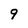
Character: 9